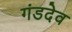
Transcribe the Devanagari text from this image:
गंडदेव